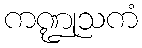
ကဏ္ဍုသကံ